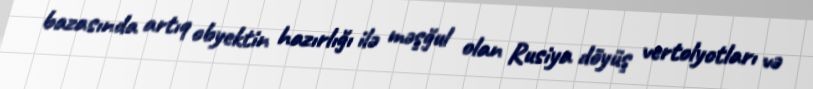
bazasında artıq obyektin hazırlığı ilə məşğul olan Rusiya döyüş vertolyotları və